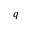
q